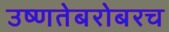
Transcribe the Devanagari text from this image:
उष्णतेबरोबरच